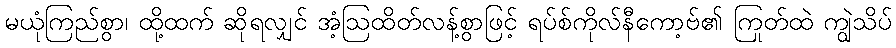
မယုံကြည်စွာ၊ ထို့ထက် ဆိုရလျှင် အံ့ဩထိတ်လန့်စွာဖြင့် ရပ်စ်ကိုလ်နီကော့ဗ်၏ ကြုတ်ထဲ ကျွဲသိပ်